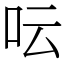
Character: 呍